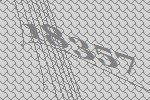
18357